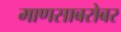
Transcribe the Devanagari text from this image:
माणसाबरोबर